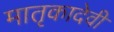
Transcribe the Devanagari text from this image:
मातृकादेवी